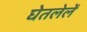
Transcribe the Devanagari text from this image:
घेतलेलें